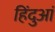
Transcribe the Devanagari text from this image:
हिंदुआं